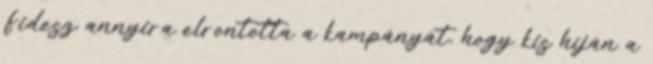
Fidesz annyira elrontotta a kampányát, hogy kis híján a